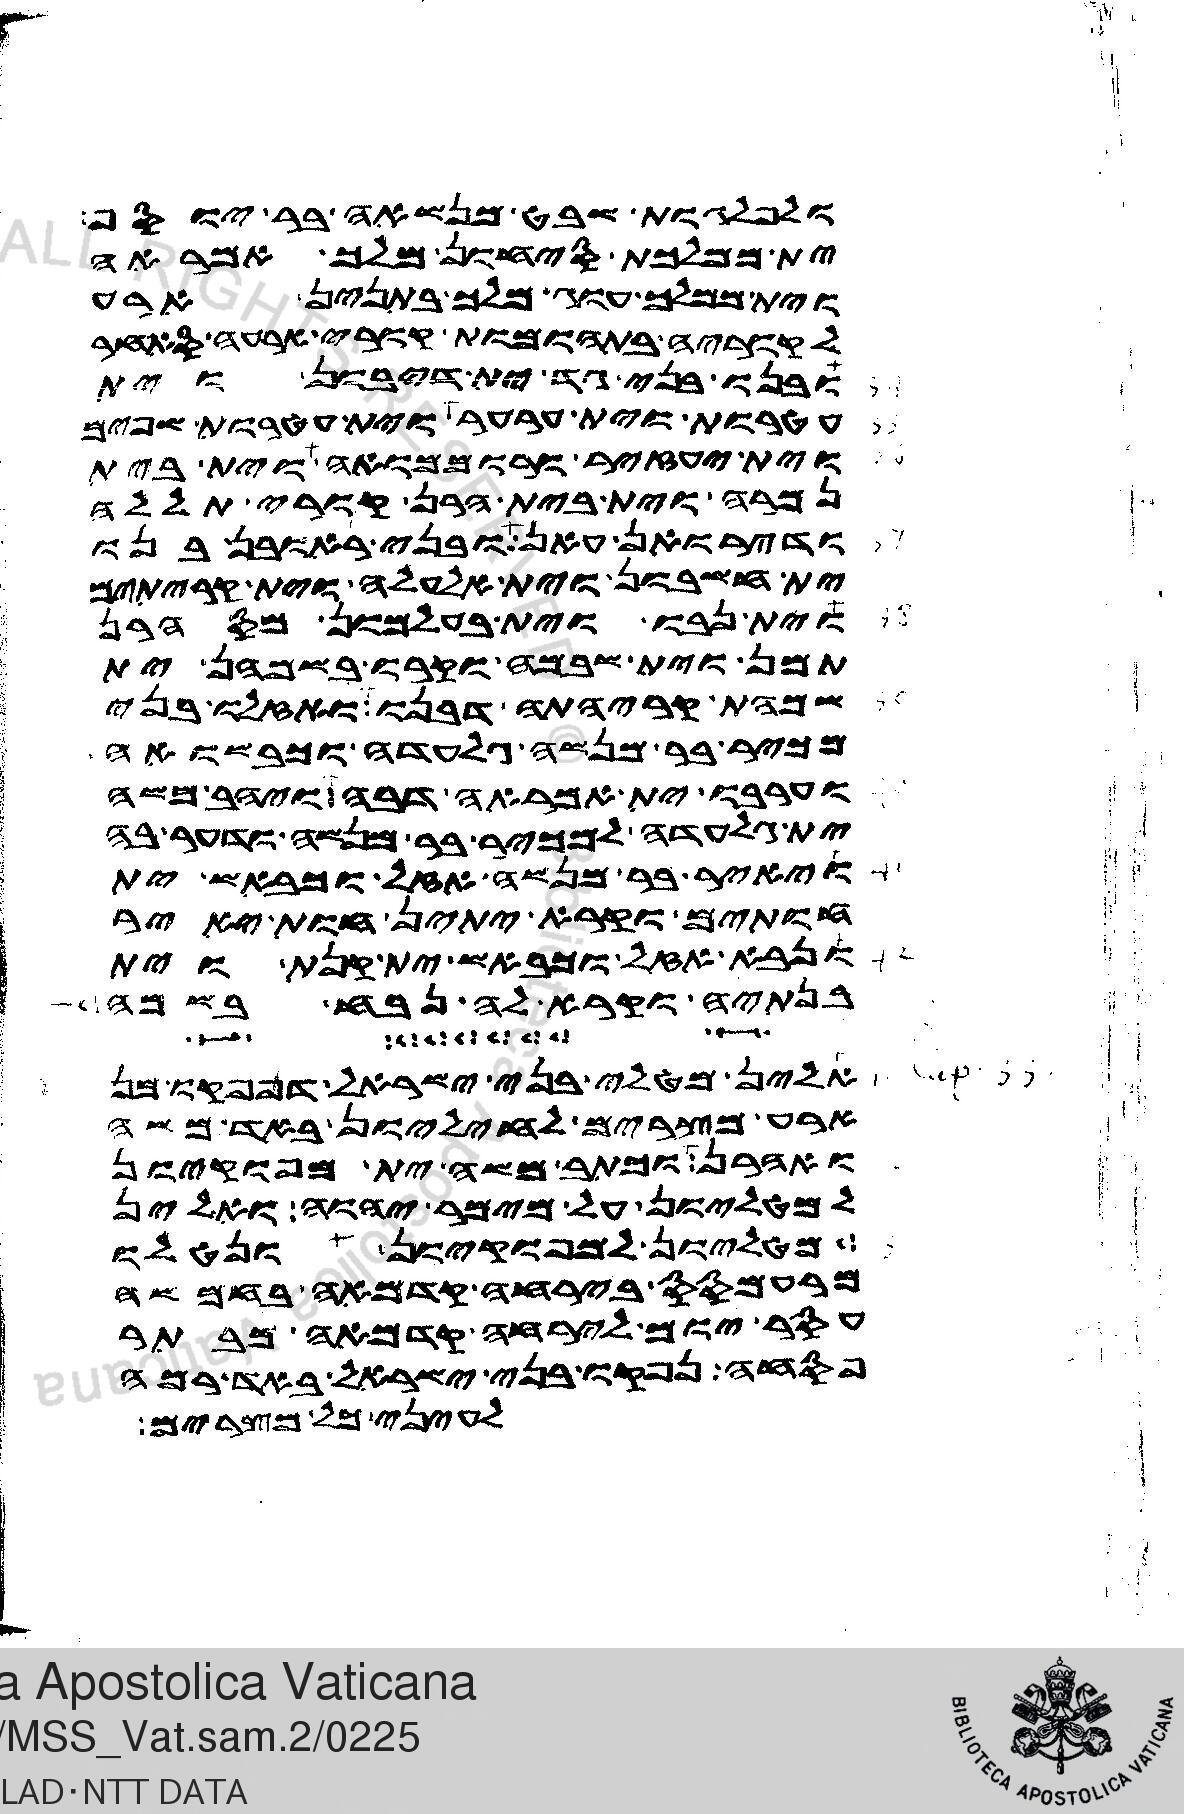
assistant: ולפלגות שבט מנשאה בר יוסף
ית ממלכת סיחון מלך אמראה
וית ממלכת עוג מלך בתנין ארע
לקוריה בתהומת קורי ארעה סאחר
ובנו בני גד ית דיבון וית
עטרות וית ערער וית עטרות שפים
וית יעזיר ורוממואה וית בית
נמרה וית בית הרן קורי תללה
ודירואן עאן ובני ראובן בנו
ית חשבון וית אלעלה וית קריתים
וית נבו וית בעלמון מסהרן
תמן וית שבמה וקרו בשמהן ית
שמהת קריהתה דבנו ואזלו בני
מכיר בר מנשה גלעדה וכבשואה
וערבו ית אמראה דבה ויהב משה
ית גלעדה למכיר בר מנשה ודער בה
ויאיר בר מנשה אזל וכבש ית
חותים וקרא יתין חות יאיר
ונבא אזל וכבאש ית קנת וית
בנתיה וקרא לה נבח בשמה
אלין מטלי בני ישראל דפנפקו מן
ארע מצרים לחיליון באד משה
ואהרן וכתב משה ית מפוקיון
למטליון על מימר יהוה ואלין
מטליון למפוקיון ונטלו
מרעמסס בירחה קדמאה בחמשה
עסר יום לירחה קדמאה מבתר
פסחה נפקו בני ישראל באד רמה
לעיני כל מצרים